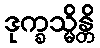
ဒုက္ခသ္မိန္တိ